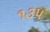
૧૩૫